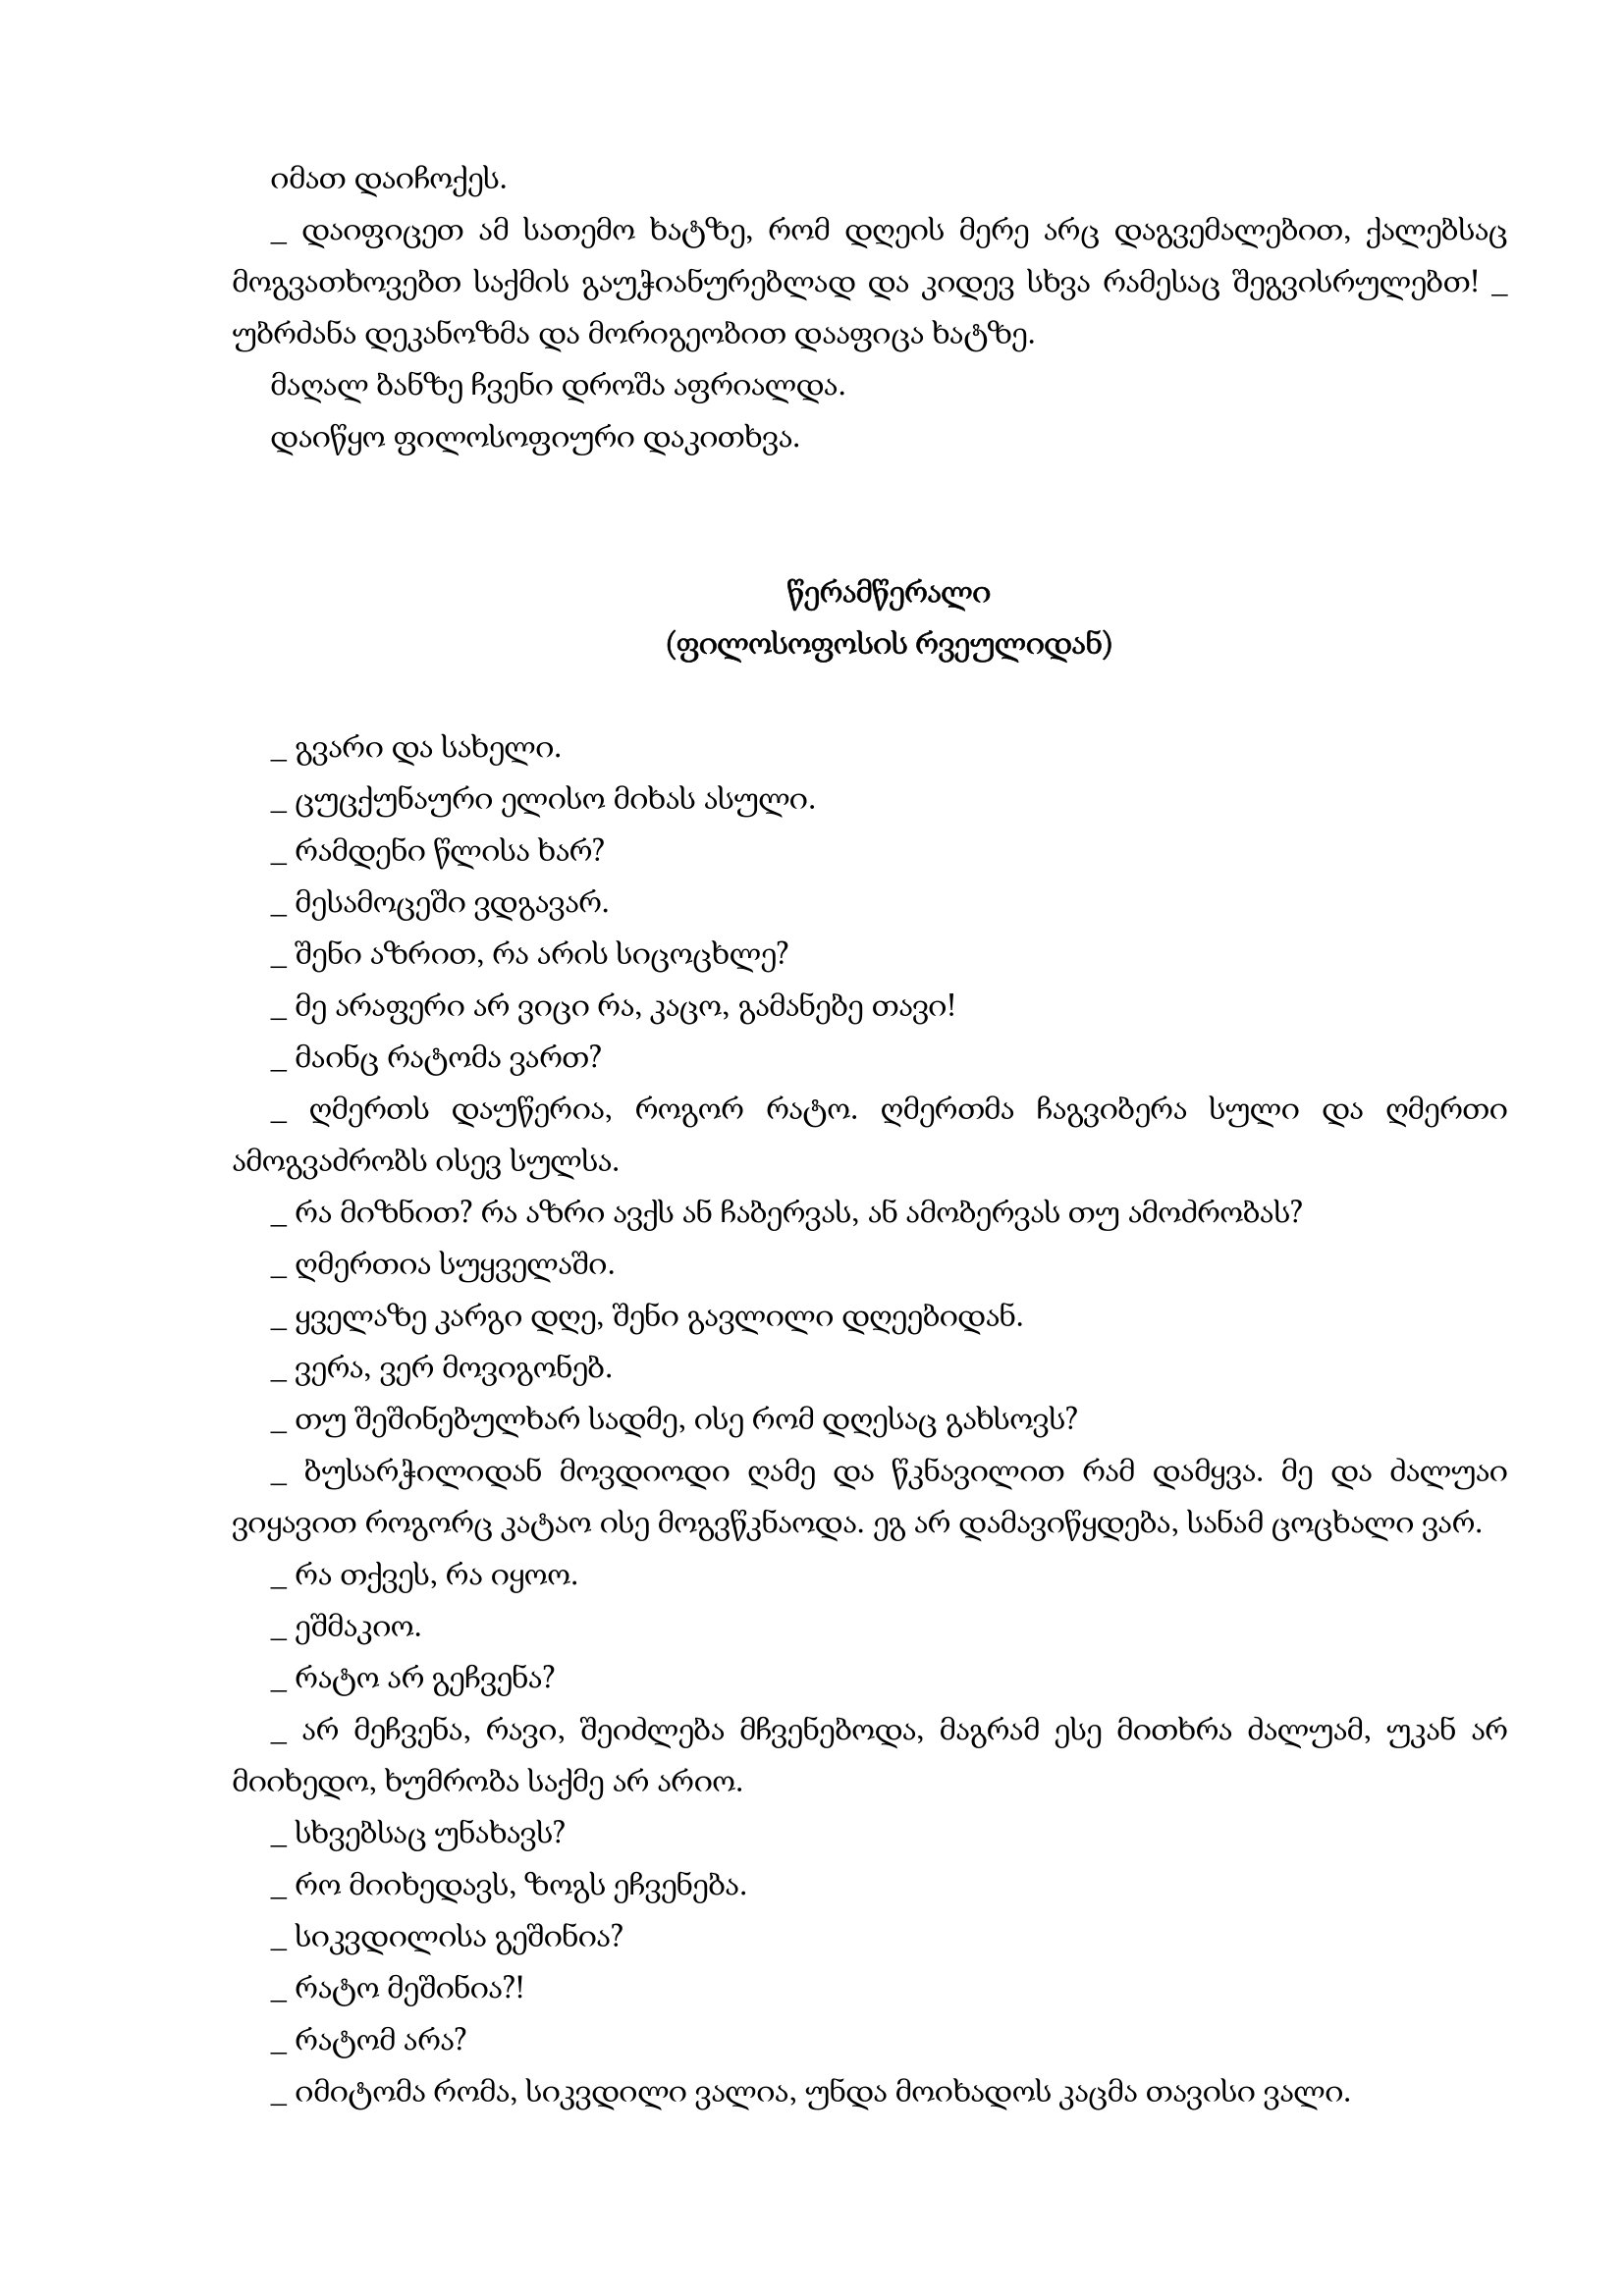
Language: gr